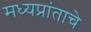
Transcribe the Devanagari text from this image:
मध्यप्रांताचे